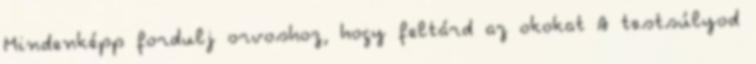
Mindenképp fordulj orvoshoz, hogy feltárd az okokat A testsúlyod